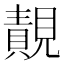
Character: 䚍